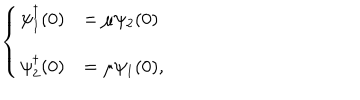
\left\{ \begin{array} { l l } { { \psi _ { 1 } ^ { \dagger } ( 0 ) } } & { { = \mu \psi _ { 2 } ( 0 ) } } \\ { { \psi _ { 2 } ^ { \dagger } ( 0 ) } } & { { = \mu \psi _ { 1 } ( 0 ) , } } \\ \end{array} \right.